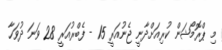
މި ޕްރޮމޯޝަން ކުރިއަށްދާނީ ޖެނުއަރީ 15 - ފެބްރުއަރީ 28 ވަނަ ދުވަހާ